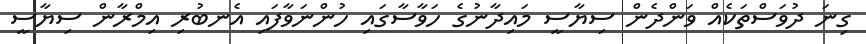
ގިނަ ދުވަސްތަކެއް ވަންދެން ސިޔާސީ މައިދާނުގެ ހަވާސާގައި ހުންނަވާފައި އެނބުރި އިމްރާން ސިޔާސީ